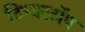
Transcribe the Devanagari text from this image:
टिम्बरटॉप